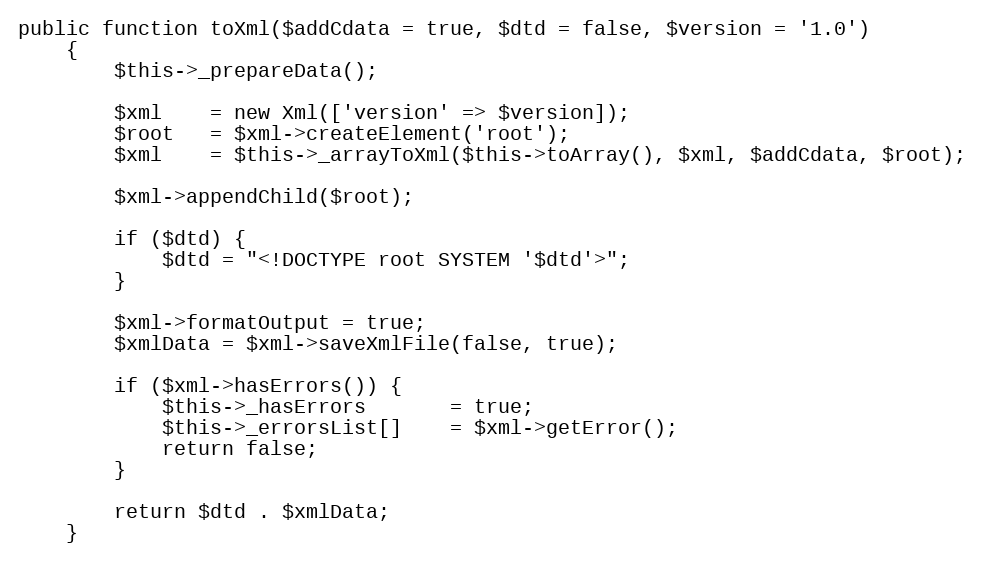
Language: PHP
public function toXml($addCdata = true, $dtd = false, $version = '1.0')
    {
        $this->_prepareData();

        $xml    = new Xml(['version' => $version]);
        $root   = $xml->createElement('root');
        $xml    = $this->_arrayToXml($this->toArray(), $xml, $addCdata, $root);

        $xml->appendChild($root);

        if ($dtd) {
            $dtd = "<!DOCTYPE root SYSTEM '$dtd'>";
        }

        $xml->formatOutput = true;
        $xmlData = $xml->saveXmlFile(false, true);

        if ($xml->hasErrors()) {
            $this->_hasErrors       = true;
            $this->_errorsList[]    = $xml->getError();
            return false;
        }

        return $dtd . $xmlData;
    }